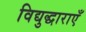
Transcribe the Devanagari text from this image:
विद्युद्धाराएँ